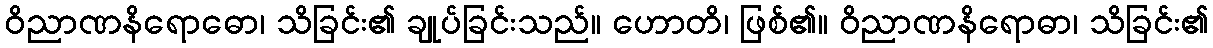
ဝိညာဏနိရောဓော၊ သိခြင်း၏ ချုပ်ခြင်းသည်။ ဟောတိ၊ ဖြစ်၏။ ဝိညာဏနိရောဓာ၊ သိခြင်း၏